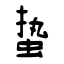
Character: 蛰